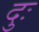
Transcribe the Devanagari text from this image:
दुः